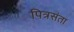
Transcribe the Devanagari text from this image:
पित्रसंता